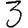
Digit: 3